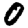
Digit: 0